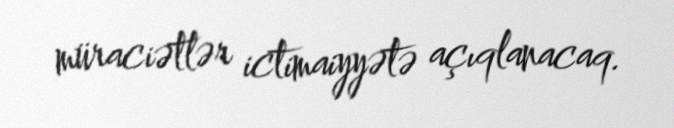
müraciətlər ictimaiyyətə açıqlanacaq.